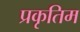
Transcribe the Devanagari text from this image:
प्रकृतिम